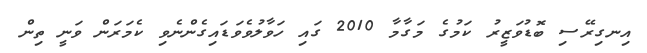
އިނގިރޭސި ބޮޑުވަޒީރު ކަމުގެ މަގާމާ 2010 ގައި ހަވާލުވެވަޑައިގެންނެވި ކެމަރަން ވަނީ ތިން